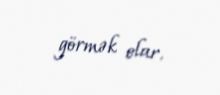
görmək olar.